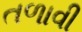
તળાવી